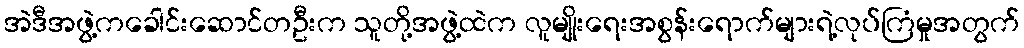
အဲဒီအဖွဲ့ကခေါင်းဆောင်တဦးက သူတို့အဖွဲ့ထဲက လူမျိုးရေးအစွန်းရောက်များရဲ့လုပ်ကြံမှုအတွက်